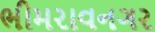
ભીમરાવનગર